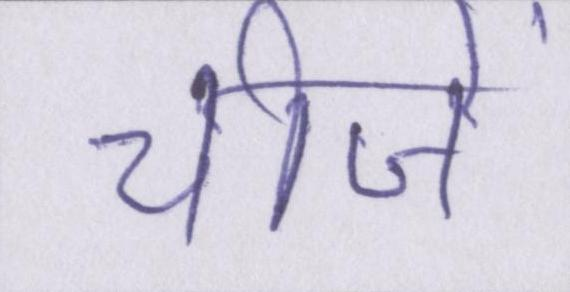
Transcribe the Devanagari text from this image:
चीजें